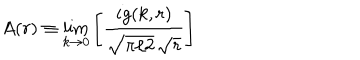
LaTeX: A ( r ) \equiv \lim _ { k \to 0 } \left[ { \frac { i g ( k , r ) } { \sqrt { \pi / 2 } \, \sqrt { r } } } \right]